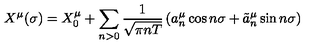
X ^ { \mu } ( \sigma ) = X _ { 0 } ^ { \mu } + \sum _ { n > 0 } \frac 1 { \sqrt { \pi n T } } \left( a _ { n } ^ { \mu } \cos { n \sigma } + \tilde { a } _ { n } ^ { \mu } \sin { n \sigma } \right)